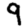
Digit: 9